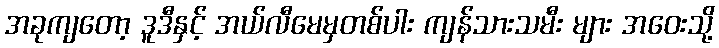
အခုကျတော့ ဒူဒီနှင့် အယ်လီမေမှတစ်ပါး ကျန်သားသမီး များ အဝေးသို့